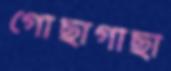
গোছাগাছা